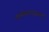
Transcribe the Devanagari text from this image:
कार्यकालाइतकाच